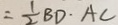
= \frac { 1 } { 2 } B D \cdot A C